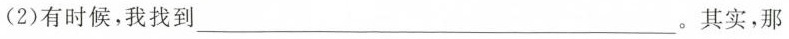
(2)有时候，我找到 ___。其实，那